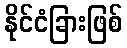
နိုင်ငံခြားဖြစ်